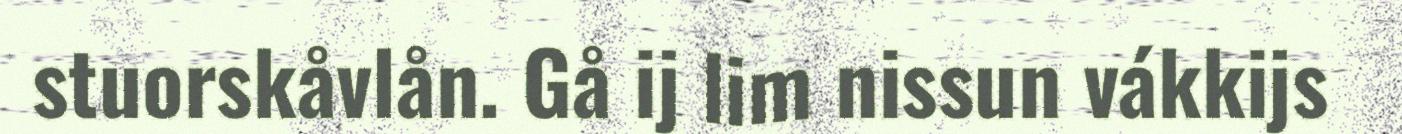
stuorskåvlån. Gå ij lim nissun vákkijs